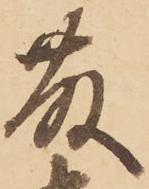
藤